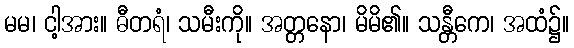
မမ၊ ငါ့အား။ ဓီတရံ၊ သမီးကို။ အတ္တနော၊ မိမိ၏။ သန္တီကေ၊ အထံ၌။